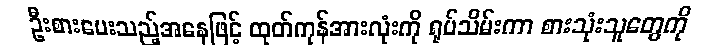
ဦးစားပေးသည့်အနေဖြင့် ထုတ်ကုန်အားလုံးကို ရုပ်သိမ်းကာ စားသုံးသူတွေကို